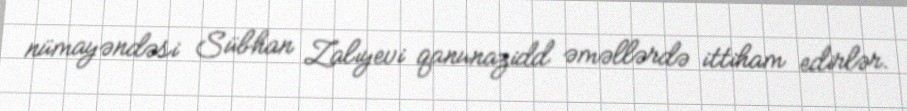
nümayəndəsi Sübhan Zalıyevi qanunazidd əməllərdə ittiham edirlər.